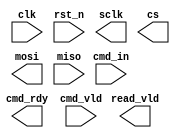
module SPI #(
    parameter CMD_WIDTH = 12,
    parameter READ_WIDTH = 8
) (
    input clk,
    input rst_n,
    input [CMD_WIDTH-1:0] cmd_in,
    output cmd_rdy,
    input cmd_vld,
    output sclk,
    output cs,
    output mosi,
    input miso,
    output read_vld,
    
);
    
endmodule